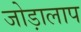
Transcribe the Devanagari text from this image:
जोड़ालाप